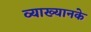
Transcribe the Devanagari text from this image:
व्याख्यानके